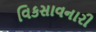
વિકસાવનારી